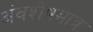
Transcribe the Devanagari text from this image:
अंवशेषमात्र